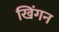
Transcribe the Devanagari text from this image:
खिंगन